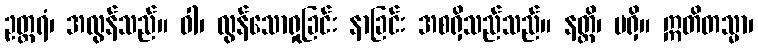
ဥတ္တရံ၊ အလွန်သည်။ ဝါ၊ လွန်သောရှုခြင်း နာခြင်း အစရှိသည်သည်။ နတ္ထိ၊ မရှိ။ ဣတိတသ္မာ၊